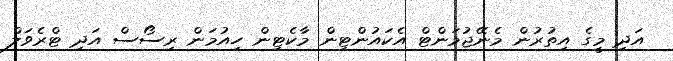
އަދި މީގެ އިތުރުން މެނޭޖުމަންޓް އެކައުންޓިން މާކެޓިން ހިއުމަން ރިސޯސް އަދި ޓްރެވަލް